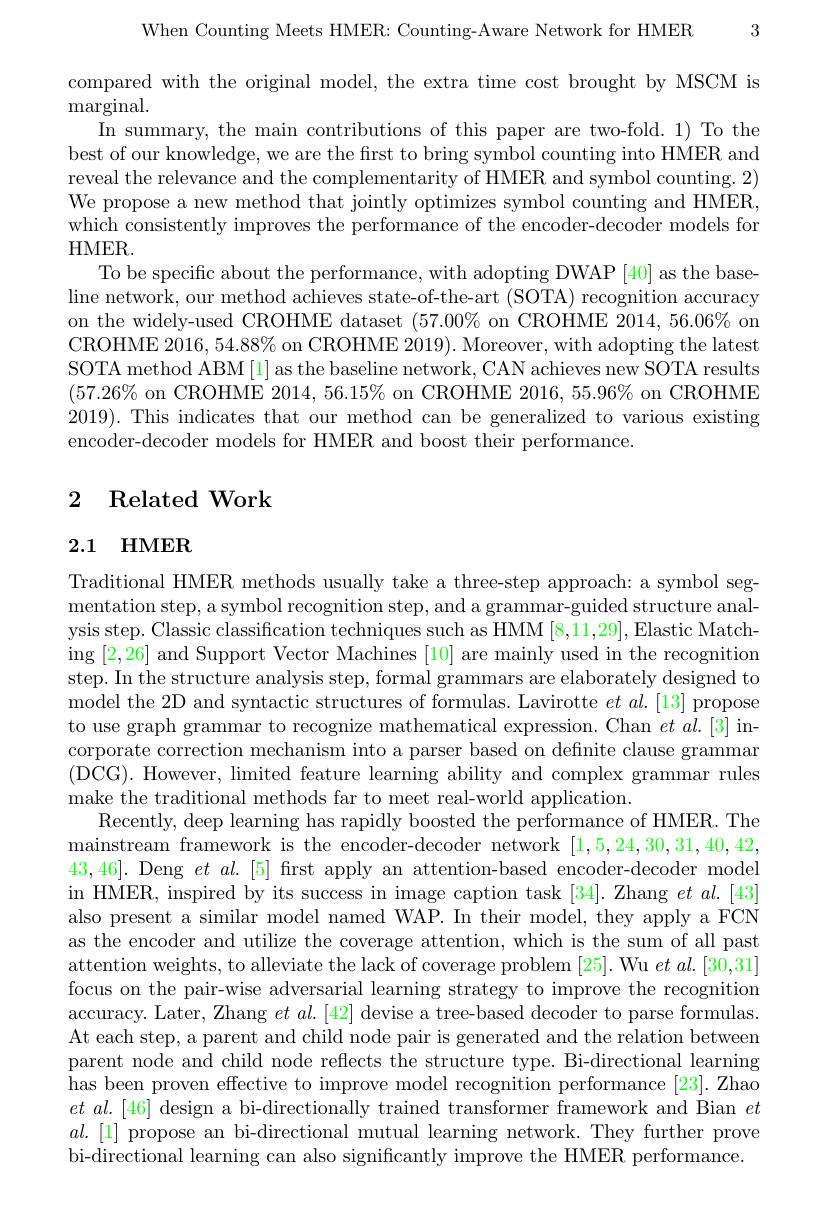
When Counting Meets HMER: Counting-Aware Network for HMER 3

compared with the original model, the extra time cost brought by MSCM is

${\mathrm{marginal}}.$
In summary, the main contributions of this paper are two-fold. 1) To the best of our knowledge, we are the first to bring symbol counting into HMER and reveal the relevance and the complementarity of HMER and symbol counting. 2) We propose a new method that jointly optimizes symbol counting and HMER, which consistently improves the performance of the encoder-decoder models for HMER.
To be specific about the performance, with adopting DWAP [40] as the baseline network, our method achieves state-of-the-art (SOTA) recognition accuracy on the widely-used CROHME dataset (57.00% on CROHME 2014,56.06% on CROHME 2016, 54.88% on CROHME 2019). Moreover, with adopting the latest SOTA method ABM[1] as the baseline network, CAN achieves new SOTA results $(57.26\%$on CROHME 2014, 56.15% on CROHME 2016, 55.96% on CROHME 2019). This indicates that our method can be generalized to various existing encoder-decoder models for HMER and boost their performance.

## 2 Related Work

# 2.1 HMER

Traditional HMER methods usually take a three-step approach: a symbol segmentation step, a symbol recognition step, and a grammar-guided structure analysis step. Classic classification techniques such as HMM [8,11,29], Elastic Matching [2,26] and Support Vector Machines [10] are mainly used in the recognition step. In the structure analysis step, formal grammars are elaborately designed to model the 2D and syntactic structures of formulas. Lavirotte $et\textit{al. [ 13] propose}$ to use graph grammar to recognize mathematical expression. Chan $et\textit{al. [ 3] in- }$ corporate correction mechanism into a parser based on definite clause grammar (DCG). However, limited feature learning ability and complex grammar rules make the traditional methods far to meet real-world application.
Recently, deep learning has rapidly boosted the performance of HMER. The mainstream framework is the encoder-decoder network [1,5,24,30,31,40,42, 43,46]. Deng $et$ al.[5] first apply an attention-based encoder-decoder model in HMER, inspired by its success in image caption task [34]. Zhang $et\textit{al. [ 43] }$ also present a similar model named WAP. In their model, they apply a FCN as the encoder and utilize the coverage attention, which is the sum of all past attention weights, to alleviate the lack of coverage problem [25]. Wu $et\textit{al. [ 30, 31] }$ focus on the pair-wise adversarial learning strategy to improve the recognition accuracy. Later, Zhang $et\textit{al. [ 42] devise a tree- based decoder to parse formulas}.$ At each step, a parent and child node pair is generated and the relation between parent node and child node reflects the structure type. Bi-directional learning has been proven effective to improve model recognition performance [23]. Zhao $etal.[46]$ design a bi-directionally trained transformer framework and Bian $et$ $al.[1]$ propose an bi-directional mutual learning network. They further prove bi-directional learning can also significantly improve the HMER performance.